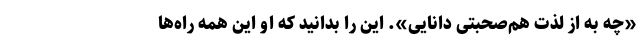
«چه بِه از لذت هم‌صحبتیِ دانایی». این را بدانید که او این همه راه‌ها